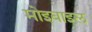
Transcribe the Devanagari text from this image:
मोइबाइल